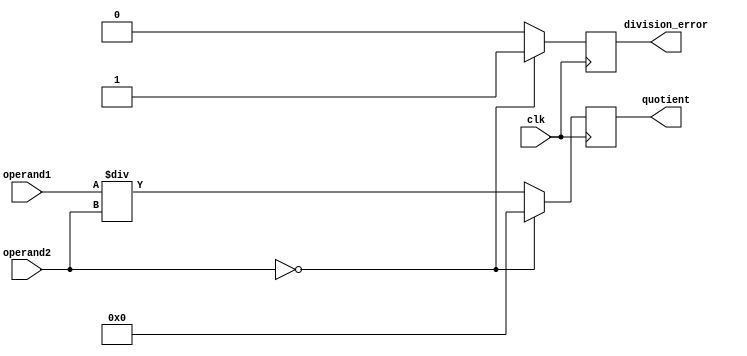
module synchronous_divider(
    input wire clk,
    input wire [7:0] operand1,
    input wire [7:0] operand2,
    output reg [7:0] quotient,
    output reg division_error
);

always @ (posedge clk) begin
    if (operand2 == 8'h00) begin
        quotient <= 8'h00; // Division by zero case
        division_error <= 1'b1;
    end else begin
        quotient <= operand1 / operand2;
        division_error <= 1'b0;
    end
end

endmodule